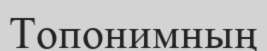
Топонимның